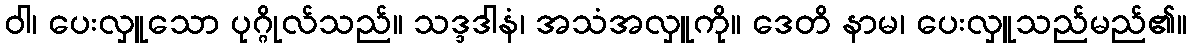
ဝါ၊ ပေးလှူသော ပုဂ္ဂိုလ်သည်။ သဒ္ဒဒါနံ၊ အသံအလှူကို။ ဒေတိ နာမ၊ ပေးလှူသည်မည်၏။